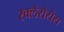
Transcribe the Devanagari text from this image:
स्क्लेरोसेस